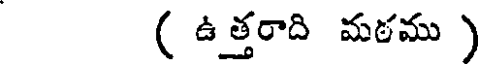
( ఉత్తరాది మఠము )